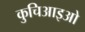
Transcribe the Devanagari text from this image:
कुचिआइओ